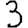
Digit: 3